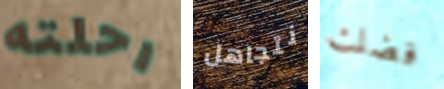
رحلته نتجاهل فضلت